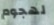
لهجوم